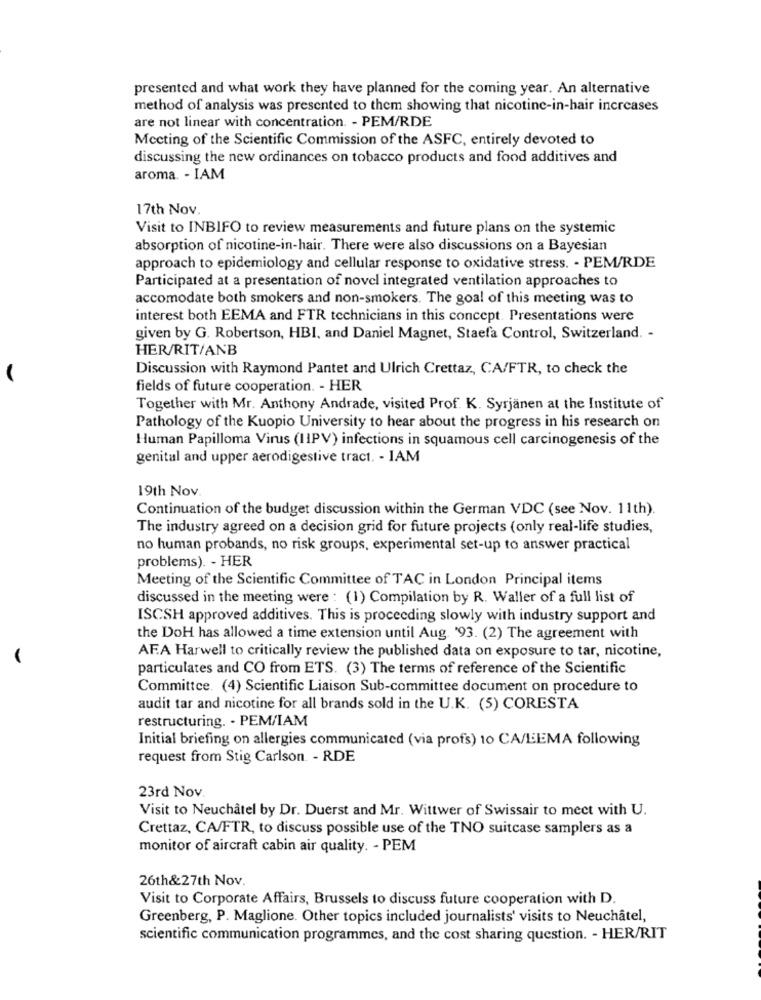
presented and what work they have planned for the coming year. An alternative
method of analysis was presented to them showing that nicotine-in-hair increases
are not linear with concentration. - PEM/RDE
Meeting of the Scientific Commission of the ASFC, entirely devoted to
discussing the new ordinances on tobacco products and food additives and
aroma. - IAM
17th Nov.
Visit to INBIFO to review measurements and future plans on the systemic
absorption of nicotine-in-hair. There were also discussions on a Bayesian
approach to epidemiology and cellular response to oxidative stress. - PEM/RDE
Participated at a presentation of novel integrated ventilation approaches to
accomodate both smokers and non-smokers. The goal of this meeting was to
interest both EEMA and FTR technicians in this concept. Presentations were
given by G. Robertson, HBI, and Daniel Magnet, Staefa Control, Switzerland. -
HER/RIT/ANB
Discussion with Raymond Pantet and Ulrich Crettaz, CA/FTR, to check the
fields of future cooperation. - HER
Together with Mr. Anthony Andrade, visited Prof. K. Syrjanen at the Institute of
Pathology of the Kuopio University to hear about the progress in his research on
Human Papilloma Virus (11PV) infections in squamous cell carcinogenesis of the
genital and upper aerodigestive tract. - IAM
19th Nov
Continuation of the budget discussion within the German VDC (see Nov. 11th).
The industry agreed on a decision grid for future projects (only real-life studies,
no human probands, no risk groups, experimental set-up to answer practical
problems). - HER
Meeting of the Scientific Committee of TAC in London Principal items
discussed in the meeting were : (1) Compilation by R. Waller of a full list of
ISCSH approved additives. This is proceeding slowly with industry support and
the DoH has allowed a time extension until Aug. '93. (2) The agreement with
AF.A Harwell to critically review the published data on exposure to tar, nicotine,
particulates and CO from ETS. (3) The terms of reference of the Scientific
Committee. (4) Scientific Liaison Sub-committee document on procedure to
audit tar and nicotine for all brands sold in the U.K. (5) CORESTA
restructuring. - PEM/IAM
Initial briefing on allergies communicated (via profs) 10 CA/LEMA following
request from Stig Carlson. - RDE
23rd Nov.
Visit to Neuchâtel by Dr. Duerst and Mr. Wittwer of Swissair to meet with U.
Crettaz, CA/FTR, to discuss possible use of the TNO suitcase samplers as a
monitor of aircraft cabin air quality. - PEM
26th&27th Nov.
Visit to Corporate Affairs, Brussels to discuss future cooperation with D.
Greenberg, P. Maglione. Other topics included journalists' visits to Neuchâtel,
scientific communication programmes, and the cost sharing question. - HER/RIT